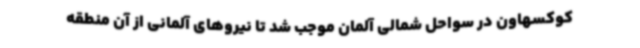
کوکسهاون در سواحل شمالی آلمان موجب شد تا نیروهای آلمانی از آن منطقه